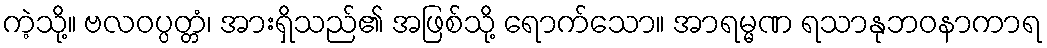
ကဲ့သို့။ ဗလဝပ္ပတ္တံ၊ အားရှိသည်၏ အဖြစ်သို့ ရောက်သော။ အာရမ္မဏ ရသာနုဘဝနာကာရ